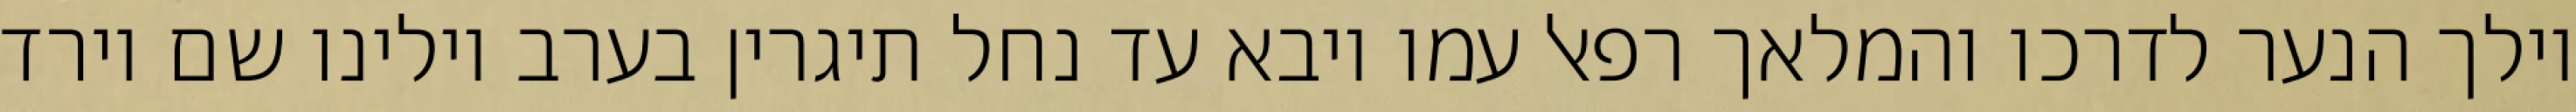
וילך הנער לדרכו והמלאך רפאל עמו ויבא עד נחל תיגרין בערב וילינו שם וירד